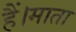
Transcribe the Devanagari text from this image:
हैं।माता